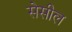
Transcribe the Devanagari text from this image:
सेसील